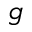
g